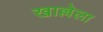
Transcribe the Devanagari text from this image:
खाल्लेला